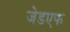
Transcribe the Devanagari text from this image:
जेडएफ